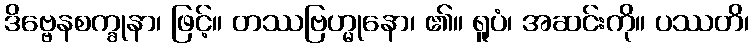
ဒိဗ္ဗေနစက္ခုနာ၊ ဖြင့်။ တဿဗြဟ္မုနော၊ ၏။ ရူပံ၊ အဆင်းကို။ ပဿတိ၊